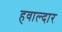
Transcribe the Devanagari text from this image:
हवाल्दार